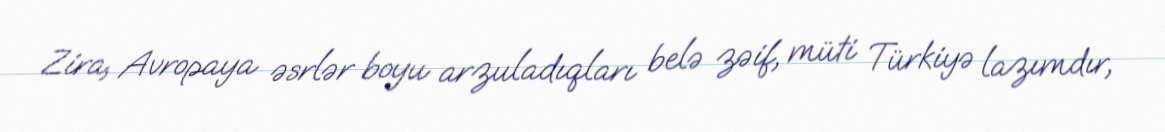
Zira, Avropaya əsrlər boyu arzuladıqları belə zəif, müti Türkiyə lazımdır,